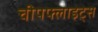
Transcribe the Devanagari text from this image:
चीपफ्लाइट्स